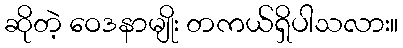
ဆိုတဲ့ ဝေဒနာမျိုး တကယ်ရှိပါသလား။